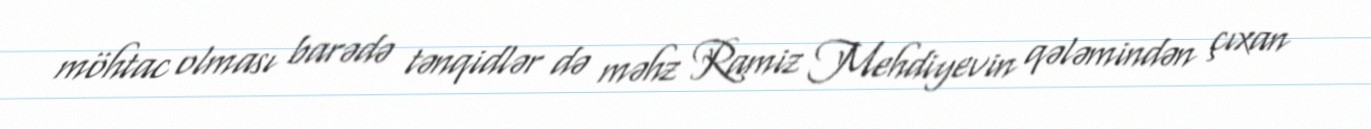
möhtac olması barədə tənqidlər də məhz Ramiz Mehdiyevin qələmindən çıxan